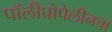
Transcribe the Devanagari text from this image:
पॉलीप्रोपेलीनचा